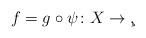
LaTeX: \begin{align*}f=g\circ \psi\colon X\to\c,\end{align*}